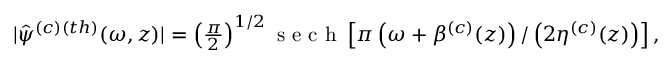
\begin{array} { r } { \! \! \! \! \! \! \! | \hat { \psi } ^ { ( c ) ( t h ) } ( \omega , z ) | = \left( \frac { \pi } { 2 } \right) ^ { 1 / 2 } \mathrm { ~ s ~ e ~ c ~ h ~ } \left[ \pi \left( \omega + \beta ^ { ( c ) } ( z ) \right) / \left( 2 \eta ^ { ( c ) } ( z ) \right) \right] , } \end{array}